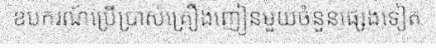
ឧបករណ៍ប្រើប្រាស់គ្រឿងញៀនមួយចំនួនផ្សេងទៀត